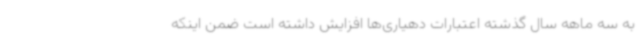
به سه ماهه سال گذشته اعتبارات دهیاری‌ها افزایش داشته است ضمن اینکه